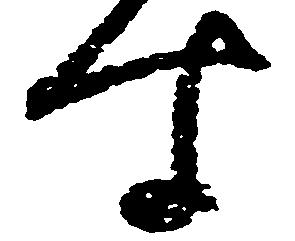
す